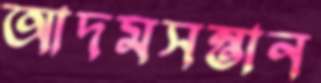
আদমসন্তান